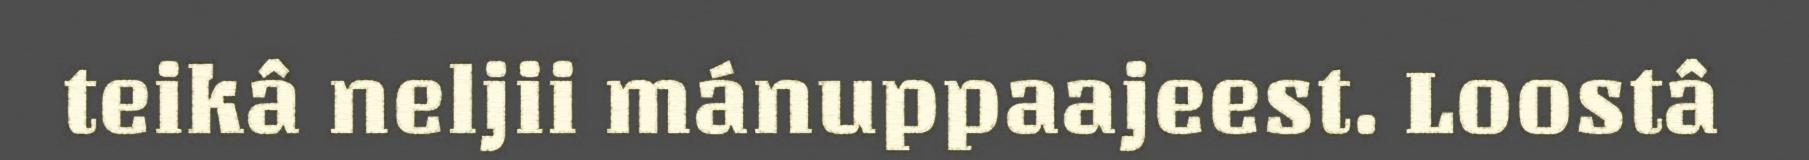
teikâ neljii mánuppaajeest. Loostâ